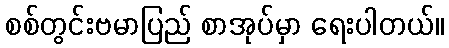
စစ်တွင်းဗမာပြည် စာအုပ်မှာ ရေးပါတယ်။